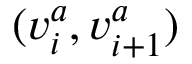
( v _ { i } ^ { a } , v _ { i + 1 } ^ { a } )